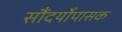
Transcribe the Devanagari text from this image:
सौंदर्योपासक